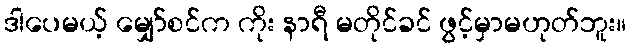
ဒါပေမယ့် မျှော်စင်က ကိုး နာရီ မတိုင်ခင် ဖွင့်မှာမဟုတ်ဘူး။